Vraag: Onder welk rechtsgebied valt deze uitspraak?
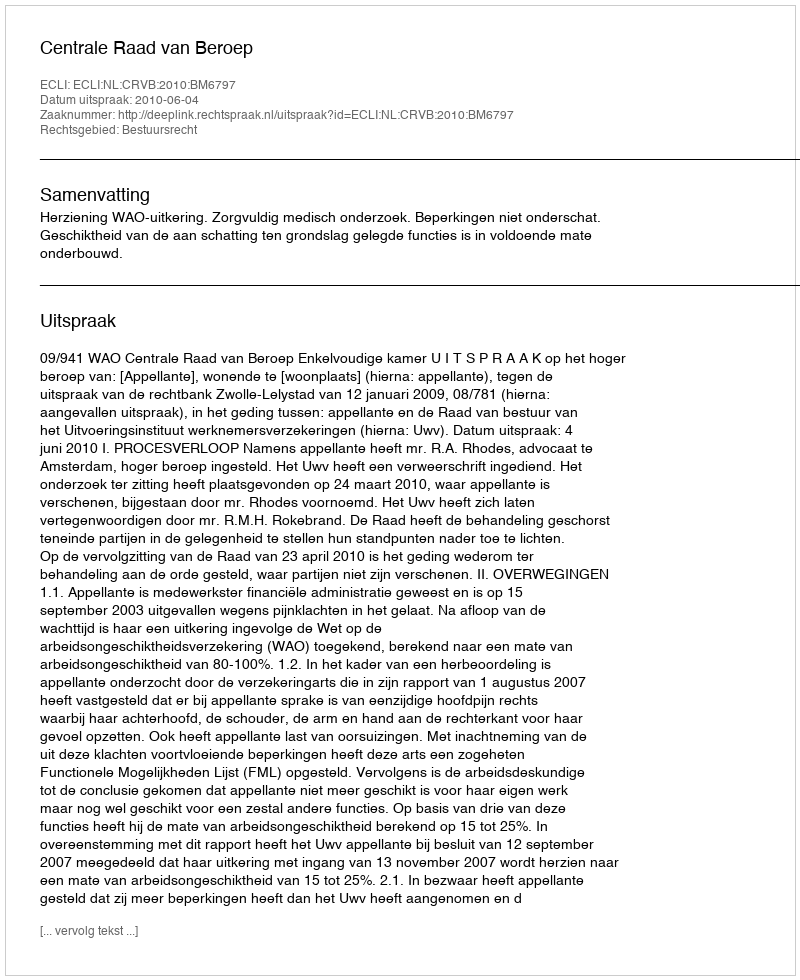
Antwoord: Bestuursrecht